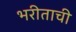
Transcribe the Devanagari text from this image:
भरीताची